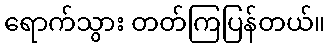
ရောက်သွား တတ်ကြပြန်တယ်။